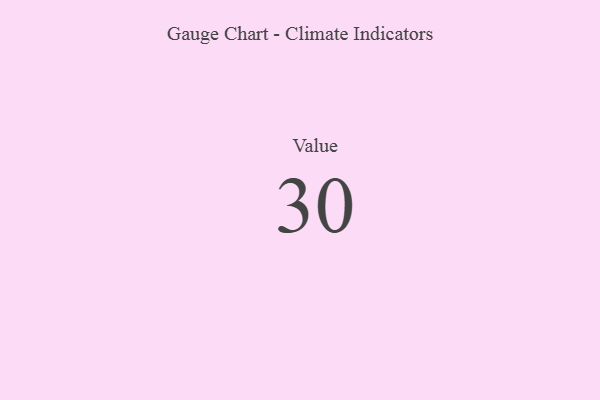
{"axis": {"x": "Metric", "y": "Value"}, "legend": [""], "data": [{"x": "Value", "y": 30, "type": ""}]}